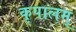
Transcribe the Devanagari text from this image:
कृपालम्